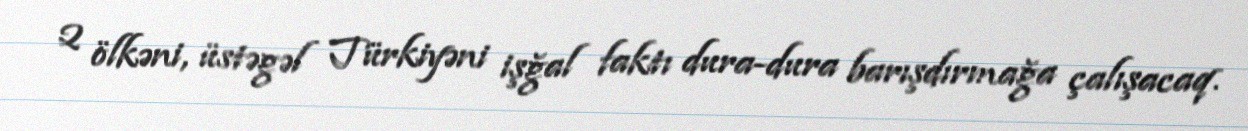
2 ölkəni, üstəgəl Türkiyəni işğal faktı dura-dura barışdırmağa çalışacaq.